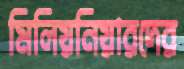
মিলিয়নিয়ারদের